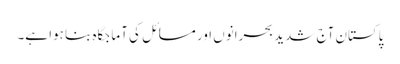
پاکستان آج شدید بحرانوں اور مسائل کی آماجگاہ بنا ہوا ہے۔